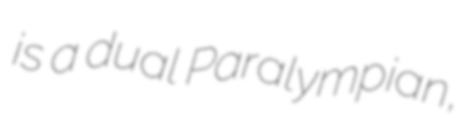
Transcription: is a dual Paralympian,